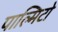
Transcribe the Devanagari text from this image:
पाल्मिटो